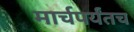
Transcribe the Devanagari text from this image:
मार्चपर्यंतच